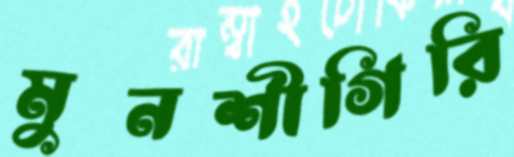
মুনশীগিরি